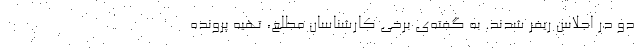
دو در اجلاس ریفر شدند. به گفته‌ی برخی کارشناسان مطلع، تهیه پرونده